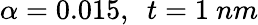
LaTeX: \alpha=0.015,\ \ t=1\ {nm}